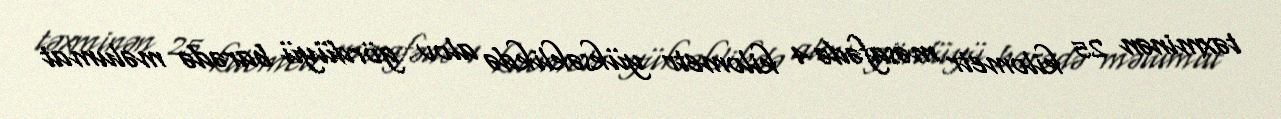
təxminən 25 kilometr məsafədə 4 kilometr yüksəklikdə alov gördüyü barədə məlumat